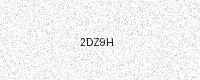
Text: 2DZ9H